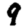
Digit: 9